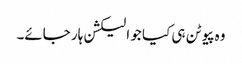
وہ پیوٹن ہی کیا جو الیکشن ہار جائے۔